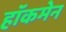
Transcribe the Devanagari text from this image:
हाॅकमेन